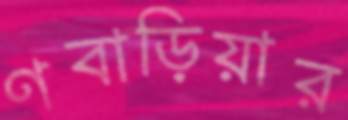
ণবাড়িয়ার